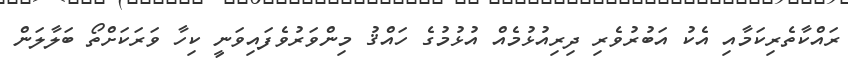
ރައްކާތެރިކަމާއި އެކު އަބުރުވެރި ދިރިއުޅުމެއް އުޅުމުގެ ހައްޤު މިންވަރުވެފައިވަނީ ކިހާ ވަރަކަށްތޯ ބަލާލަން